Civil Veterinary Dept. Bombay admin report 1900-1906 - 1900-1906
Year: 1900
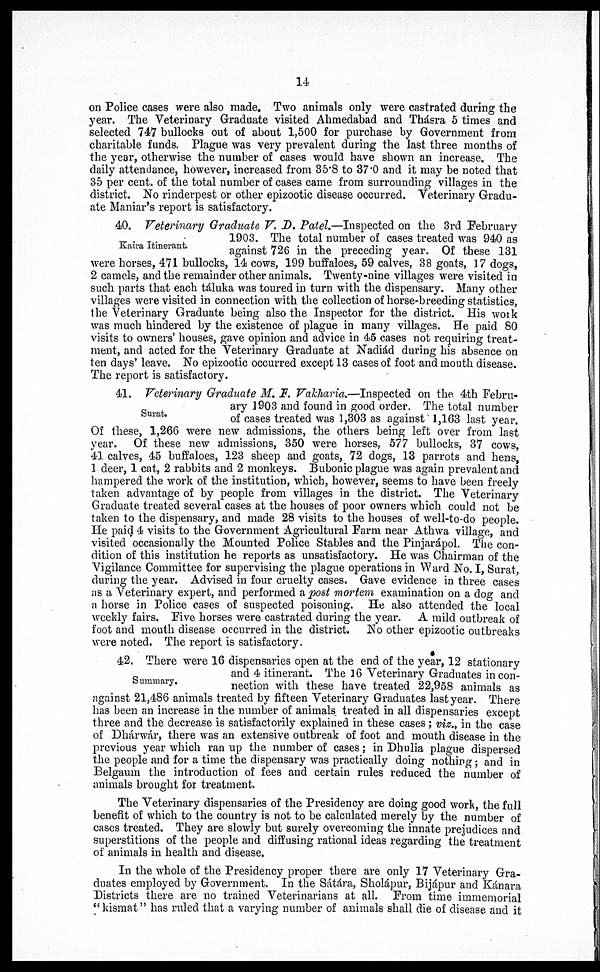
14
on Police cases were also made. Two animals only were castrated during the
year. The Veterinary Graduate visited Ahmedabad and Thásra 5 times and
selected 747 bullocks out of about 1,500 for purchase by Government from
charitable funds. Plague was very prevalent during the last three months of
the year, otherwise the number of cases would have shown an increase. The
daily attendance, however, increased from 35.8 to 37.0 and it may be noted that
35 per cent. of the total number of cases came from surrounding villages in the
district. No rinderpest or other epizootic disease occurred. Veterinary Gradu-
ate Maniar's report is satisfactory.
Kaira Itinerant.
40. Veterinary Graduate V. D. Patel.—Inspected on the 3rd February
1903. The total number of cases treated was 940 as
against 726 in the preceding year. Of these 131
were horses, 471 bullocks, 14 cows, 199 buffaloes, 59 calves, 38 goats, 17 dogs,
2 camels, and the remainder other animals. Twenty-nine villages were visited in
such parts that each táluka was toured in turn with the dispensary. Many other
villages were visited in connection with the collection of horse-breeding statistics,
the Veterinary Graduate being also the Inspector for the district. His work
was much hindered by the existence of plague in many villages. He paid 80
visits to owners' houses, gave opinion and advice in 45 cases not requiring treat-
ment, and acted for the Veterinary Graduate at Nadiád during his absence on
ten days' leave. No epizootic occurred except 13 cases of foot and mouth disease.
The report is satisfactory.
Surat.
41. Veterinary Graduate M. I. Vakharia.—Inspected on the 4th Febru-
ary 1903 and found in good order. The total number
of cases treated was 1,303 as against 1,163 last year.
Of these, 1,266 were new admissions, the others being left over from last
year. Of these new admissions, 350 were horses, 577 bullocks, 37 cows,
41 calves, 45 buffaloes, 123 sheep and goats, 72 dogs, 13 parrots and hens,
1 deer, 1 cat, 2 rabbits and 2 monkeys. Bubonic plague was again prevalent and
hampered the work of the institution, which, however, seems to have been freely
taken advantage of by people from villages in the district. The Veterinary
Graduate treated several cases at the houses of poor owners which could not be
taken to the dispensary, and made 28 visits to the houses of well-to-do people.
He paid 4 visits to the Government Agricultural Farm near Athwa village, and
visited occasionally the Mounted Police Stables and the Pinjarápol. The con-
dition of this institution he reports as unsatisfactory. He was Chairman of the
Vigilance Committee for supervising the plague operations in Ward No. I, Surat,
during the year. Advised in four cruelty cases. Gave evidence in three cases
as a Veterinary expert, and performed a post mortem examination on a dog and
a horse in Police cases of suspected poisoning. He also attended the local
weekly fairs. Five horses were castrated during the year. A mild outbreak of
foot and mouth disease occurred in the district. No other epizootic outbreaks
were noted. The report is satisfactory.
Summary.
42. There were 16 dispensaries open at the end of the year, 12 stationary
and 4 itinerant. The 36 Veterinary Graduates in con-
nection with these have treated 22,958 animals as
against 21,486 animals treated by fifteen Veterinary Graduates last year. There
has been an increase in the number of animals treated in all dispensaries except
three and the decrease is satisfactorily explained in these cases ; viz., in the case
of Dhárwár, there was an extensive outbreak of foot and mouth disease in the
previous year which ran up the number of cases ; in Dhulia plague dispersed
the people and for a time the dispensary was practically doing nothing ; and in
Belgaum the introduction of fees and certain rules reduced the number of
animals brought for treatment.
The Veterinary dispensaries of the Presidency are doing good work, the full
benefit of which to the country is not to be calculated merely by the number of
cases treated. They are slowly but surely overcoming the innate prejudices and
superstitions of the people and diffusing rational ideas regarding the treatment
of animals in health and disease.
In the whole of the Presidency proper there are only 17 Veterinary Gra-
duates employed by Government. In the Sátára, Sholápur, Bijápur and Kánara
Districts there are no trained Veterinarians at all. From time immemorial
" kismat " has ruled that a varying number of animals shall die of disease and it